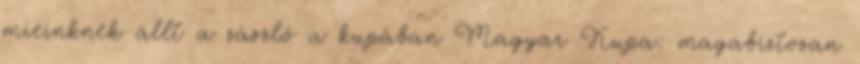
mieinknek állt a zászló a kupában Magyar Kupa: magabiztosan